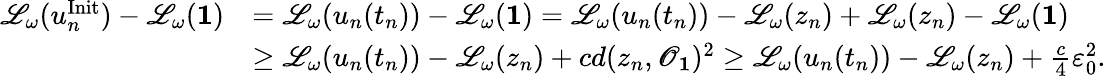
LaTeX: \begin{array}{rl}{\mathscr{L}_{\omega}(u_{n}^{\mathrm{Init}})-\mathscr{L}_{\omega}(\mathbf 1)}&{=\mathscr{L}_{\omega}(u_{n}(t_{n}))-\mathscr{L}_{\omega}(\mathbf 1)=\mathscr{L}_{\omega}(u_{n}(t_{n}))-\mathscr{L}_{\omega}(z_{n})+\mathscr{L}_{\omega}(z_{n})-\mathscr{L}_{\omega}(\mathbf 1)}\\ &{\ge\mathscr{L}_{\omega}(u_{n}(t_{n}))-\mathscr{L}_{\omega}(z_{n})+cd(z_{n},{\mathscr O_{\mathbf 1}})^{2}\ge\mathscr{L}_{\omega}(u_{n}(t_{n}))-\mathscr{L}_{\omega}(z_{n})+\frac{c}{4}\varepsilon_{0}^{2}.}\end{array}